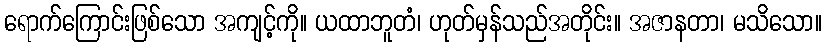
ရောက်ကြောင်းဖြစ်သော အကျင့်ကို။ ယထာဘူတံ၊ ဟုတ်မှန်သည်အတိုင်း။ အဇာနတာ၊ မသိသော။